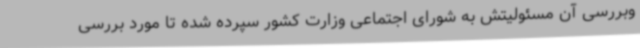
وبررسی آن مسئولیتش به شورای اجتماعی وزارت کشور سپرده شده تا مورد بررسی